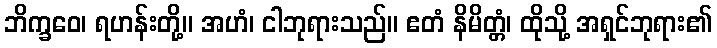
ဘိက္ခဝေ၊ ရဟန်းတို့။ အဟံ၊ ငါဘုရားသည်။ ဧတံ နိမိတ္တံ၊ ထိုသို့ အရှင်ဘုရား၏